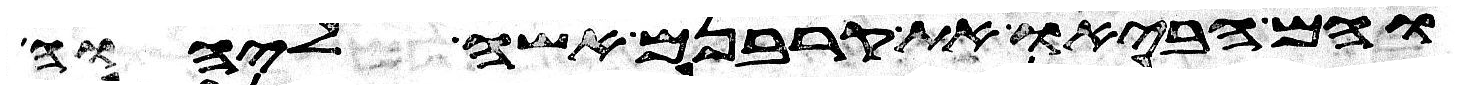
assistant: והם הביאו את קרבנם אשה ליהוה